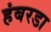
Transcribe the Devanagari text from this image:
हंबरडा